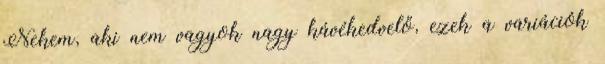
Nekem, aki nem vagyok nagy kávékedvelő, ezek a variációk